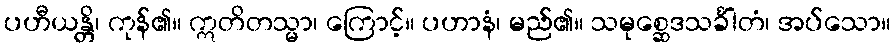
ပဟီယန္တိ၊ ကုန်၏။ ဣတိတသ္မာ၊ ကြောင့်။ ပဟာနံ၊ မည်၏။ သမုစ္ဆေဒသင်္ခါတံ၊ အပ်သော။